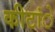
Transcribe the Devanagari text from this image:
कीटांे